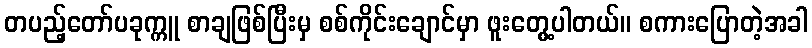
တပည့်တော်ပခုက္ကူ စာချဖြစ်ပြီးမှ စစ်ကိုင်းချောင်မှာ ဖူးတွေ့ပါတယ်။ စကားပြောတဲ့အခါ